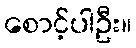
စောင့်ပါဦး။